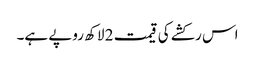
اس رکشے کی قیمت 2 لاکھ روپے ہے۔